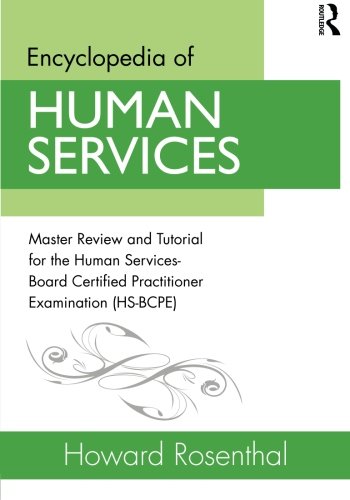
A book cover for Encyclopedia of Human Services: Master Review and Tutorial for the Human Services-Board Certified Practitioner Examination (HS-BCPE); Howard Rosenthal; Politics & Social Sciences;